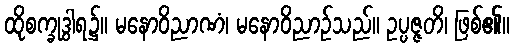
ထိုစက္ခုဒွါရ၌။ မနောဝိညာဏံ၊ မနောဝိညာဉ်သည်။ ဥပ္ပဇ္ဇတိ၊ ဖြစ်၏။